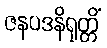
ဇနပဒနိရုတ္တိံ